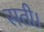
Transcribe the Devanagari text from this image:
सती।